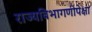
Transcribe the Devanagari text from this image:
राज्यविभागणीपेक्षा